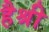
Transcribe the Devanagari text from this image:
हैश्री